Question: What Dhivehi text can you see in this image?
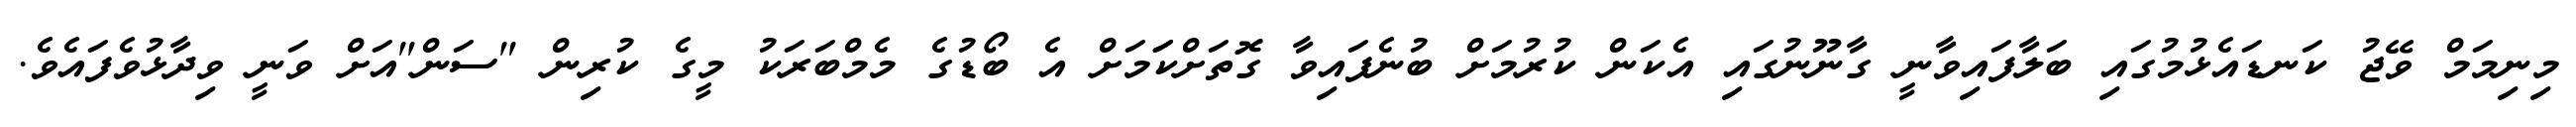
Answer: މިނިމަމް ވޭޖު ކަނޑައެޅުމުގައި ބަލާފައިވާނީ ގާނޫނުގައި އެކަން ކުރުމަށް ބުނެފައިވާ ގޮތަށްކަަމަށް އެ ބޯޑުގެ މެމްބަރަކު މީގެ ކުރިން "ސަން"އަށް ވަނީ ވިދާޅުވެފައެވެ.